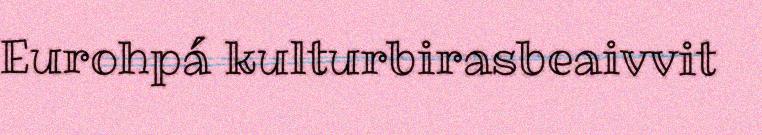
Eurohpá kulturbirasbeaivvit